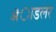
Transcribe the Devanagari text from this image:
ॲाडलर